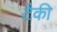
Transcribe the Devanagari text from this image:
टैकी